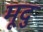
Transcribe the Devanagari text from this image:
मूदु